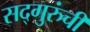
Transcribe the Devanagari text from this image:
सद्‍गुरुंची